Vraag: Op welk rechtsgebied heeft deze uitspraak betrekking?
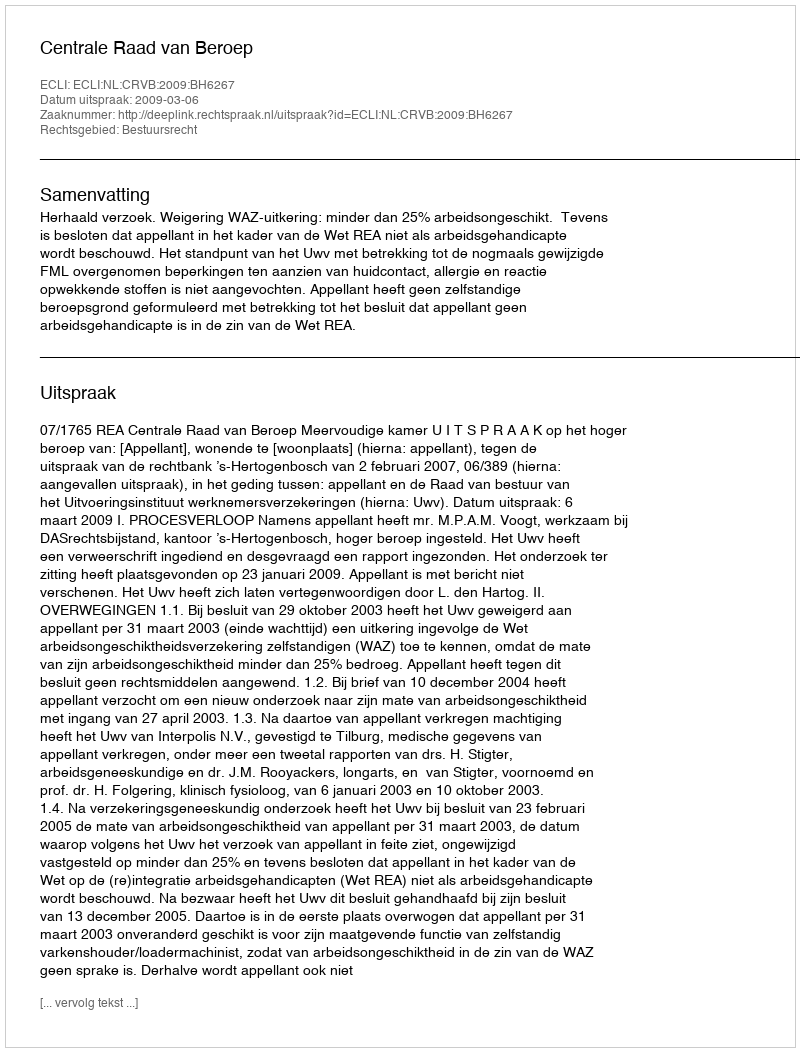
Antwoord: Bestuursrecht